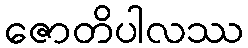
ဇောတိပါလဿ